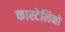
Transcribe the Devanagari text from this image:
कास्टेलिनो